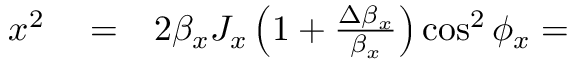
\begin{array} { r l r } { x ^ { 2 } } & { { } = } & { 2 \beta _ { x } J _ { x } \left( 1 + \frac { \Delta \beta _ { x } } { \beta _ { x } } \right) \cos ^ { 2 } \phi _ { x } = } \end{array}